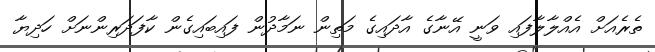
ތެރެއަށް އެއްލާލާފައި ވަނީ އޭނާގެ އާދައިގެ މަތިން ނަމާދުން ފައިބައިގެން ކާފަދަރިންނަށް ހަދިޔާ